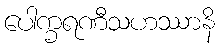
ပေါက္ခရဏီသဟဿာနိ